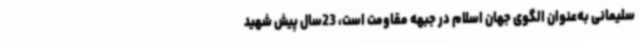
سلیمانی به‌عنوان الگوی جهان اسلام در جبهه مقاومت است، 23سال پیش شهید